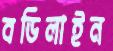
বডিলাইন